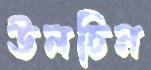
উলচিন